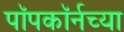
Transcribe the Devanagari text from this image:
पॉपकॉर्नच्या